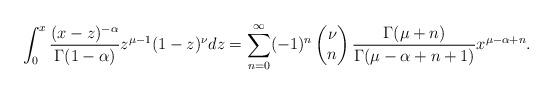
LaTeX: \begin{align*}\int_0^x \frac{(x-z)^{-\alpha}}{\Gamma(1-\alpha)}z^{\mu-1}(1-z)^\nu dz&=\sum_{n=0}^\infty (-1)^n \begin{pmatrix}\nu \cr n \end{pmatrix} \frac{\Gamma(\mu+n)}{\Gamma(\mu-\alpha +n+1)} x^{\mu-\alpha+n} .\end{align*}